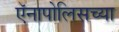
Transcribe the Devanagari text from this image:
ऍनापोलिसच्या